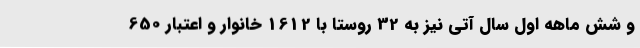
و شش ماهه اول سال آتی نیز به 32 روستا با 1612 خانوار و اعتبار 650